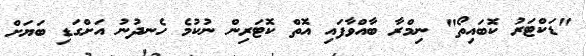
"ޑަކްޓަރު ކޮބައިތޯ" ނިމްރާ ބާއްވާފައި އޮތް ކޮޓަރިން ނުކުމެ ހެނދުނު އަށްގަޑި ބަޔަށް